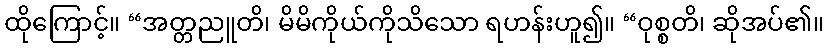
ထိုကြောင့်။ “အတ္တညူတိ၊ မိမိကိုယ်ကိုသိသော ရဟန်းဟူ၍။ “ဝုစ္စတိ၊ ဆိုအပ်၏။